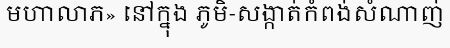
មហាលាភ» នៅក្នុង ភូមិ-សង្កាត់កំពង់សំណាញ់